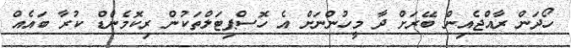
ހޯދަން ރާއްޖެއިން ބޭރަށް ދާ މީހުންނަށް އެ ހޮސްޕިޓަލްތަކުން ރިކޮމެންޑް ކުރާ ބައެއް